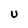
Character: U